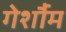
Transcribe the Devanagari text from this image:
गेर्शौम